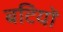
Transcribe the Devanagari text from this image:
बटियों